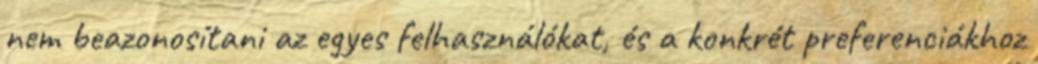
nem beazonosítani az egyes felhasználókat, és a konkrét preferenciákhoz